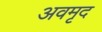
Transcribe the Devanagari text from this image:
अवमृद